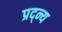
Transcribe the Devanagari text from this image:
प्रद्न्य